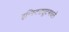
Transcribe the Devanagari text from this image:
इन्स्टिट्यूटमधले